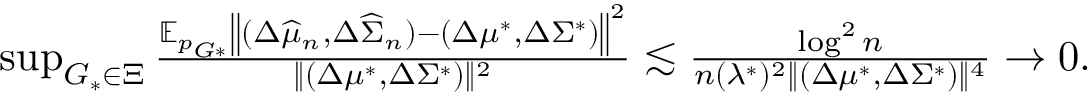
\begin{array} { r } { \operatorname* { s u p } _ { G _ { * } \in \Xi } \frac { \mathbb { E } _ { p _ { G * } } \left\| ( \Delta \widehat { \mu } _ { n } , \Delta \widehat { \Sigma } _ { n } ) - ( \Delta \mu ^ { * } , \Delta \Sigma ^ { * } ) \right\| ^ { 2 } } { \| ( \Delta \mu ^ { * } , \Delta \Sigma ^ { * } ) \| ^ { 2 } } \lesssim \frac { \log ^ { 2 } n } { n ( \lambda ^ { * } ) ^ { 2 } \| ( \Delta \mu ^ { * } , \Delta \Sigma ^ { * } ) \| ^ { 4 } } \to 0 . } \end{array}